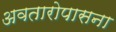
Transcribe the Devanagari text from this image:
अवतारोपासना